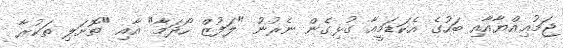
ޖަމުޢިއްޔާއާއި ބަހުގެ އެކަޑަމީއާ ގުޅިގެން ނެރުނު "ލަފުޒް ހޯދަމާ" އާއި "ތޮށަލި ތަކުރާ